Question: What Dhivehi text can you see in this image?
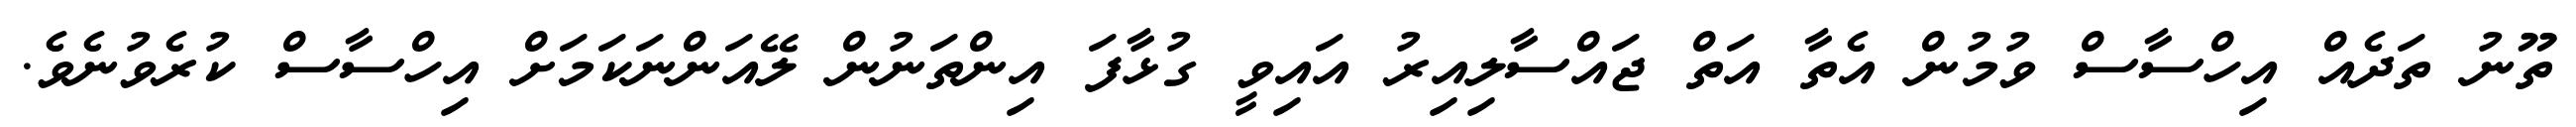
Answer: ތޫނު ތަދެއް އިހްސާސް ވުމުން އެތާ އަތް ޖައްސާލިއިރު އައިވީ ގުޅާފަ އިންތަނުން ލޭއަންނަކަމަށް އިހްސާސް ކުރެވުނެވެ.